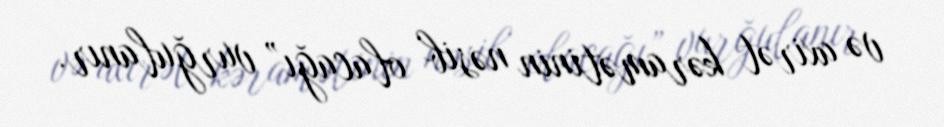
və axirət kəramətinin nəsib olacağı” vurğulanır.